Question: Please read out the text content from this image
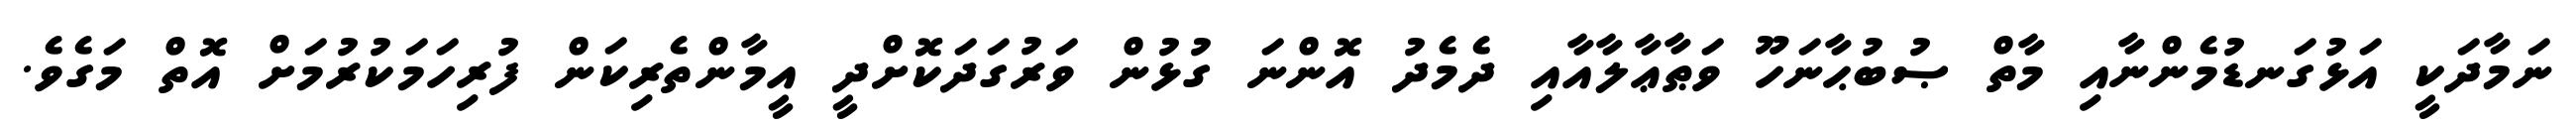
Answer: ނަމާދަކީ އަޅުގަނޑުމެންނާއި މާތް ޞުބުޙާނަހޫ ވަޠާޢާލާއާއި ދެމެދު އޮންނަ ގުޅުން ވަރުގަދަކޮށްދީ އީމާންތެރިކަން ފުރިހަމަކުރުމަށް އޮތް މަގެވެ.